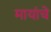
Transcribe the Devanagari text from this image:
मायांचे